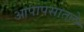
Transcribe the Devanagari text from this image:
आपापसातले